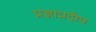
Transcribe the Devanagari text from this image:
प्रज्ञाप्रदीप